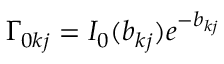
\Gamma _ { 0 k j } = I _ { 0 } ( b _ { k j } ) e ^ { - b _ { k j } }